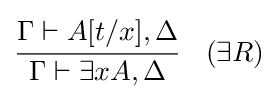
{\cfrac {\Gamma \vdash A[t/x],\Delta }{\Gamma \vdash \exists xA,\Delta }}\quad ({\exists }R)